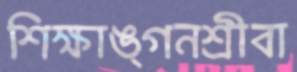
শিক্ষাঙ্গনশ্রীবা